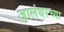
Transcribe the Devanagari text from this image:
जालंधरच्या